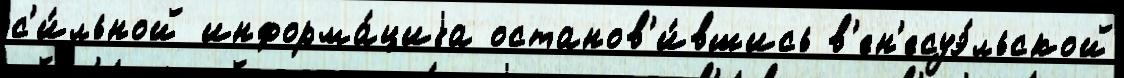
с'и́льной информа́циjа останов'и́вшись в'ен'есуэ́льской